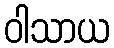
ဝါသာယ